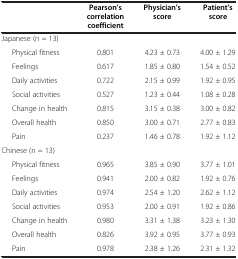
|  | Pearson’s correlation coefficient | Physician’s score | Patient’s score |
 | --- | --- | --- | --- |
 | Japanese (n = 13) |  |  |  |
 | Physical fitness | 0.801 | 4.23 ± 0.73 | 4.00 ± 1.29 |
 | Feelings | 0.617 | 1.85 ± 0.80 | 1.54 ± 0.52 |
 | Daily activities | 0.722 | 2.15 ± 0.99 | 1.92 ± 0.95 |
 | Social activities | 0.527 | 1.23 ± 0.44 | 1.08 ± 0.28 |
 | Change in health | 0.815 | 3.15 ± 0.38 | 3.00 ± 0.82 |
 | Overall health | 0.850 | 3.00 ± 0.71 | 2.77 ± 0.83 |
 | Pain | 0.237 | 1.46 ± 0.78 | 1.92 ± 1.12 |
 | Chinese (n = 13) |  |  |  |
 | Physical fitness | 0.965 | 3.85 ± 0.90 | 3.77 ± 1.01 |
 | Feelings | 0.941 | 2.00 ± 0.82 | 1.92 ± 0.76 |
 | Daily activities | 0.974 | 2.54 ± 1.20 | 2.62 ± 1.12 |
 | Social activities | 0.953 | 2.00 ± 0.91 | 1.92 ± 0.86 |
 | Change in health | 0.980 | 3.31 ± 1.38 | 3.23 ± 1.30 |
 | Overall health | 0.826 | 3.92 ± 0.95 | 3.77 ± 0.93 |
 | Pain | 0.978 | 2.38 ± 1.26 | 2.31 ± 1.32 |